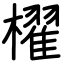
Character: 櫂